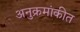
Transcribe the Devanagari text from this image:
अनुक्रमांकीत